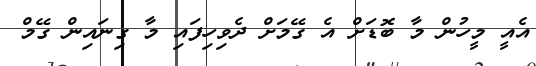
އެއީ މީހުން މާ ބޮޑަށް އެ ގޭމަށް ދެވިހިފައި މާ ގިނައިން ގޭމް